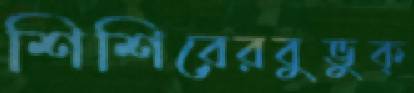
শিশিরেরবুভুক্